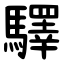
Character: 驛